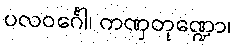
ပလဝင်္ဂေါ၊ ကဏှတုဏ္ဍော၊